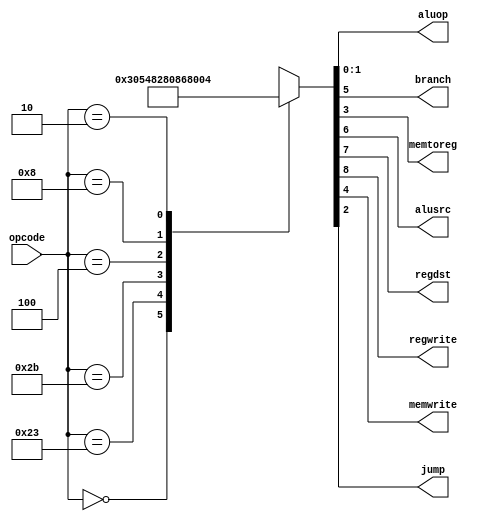

// Module MainDecoder (Modulo Combinacional)
//  Decodificador Principal, baseado no opcode da instruo


module MainDecoder(input  wire [5:0] opcode,
						 output wire [1:0] aluop,
						 output wire branch,
						 output wire memtoreg,
						 output wire alusrc,
						 output wire regdst,
						 output wire regwrite,
						 output wire memwrite,
                   output wire jump 
                  );

  reg [8:0] controls;

 assign {regwrite, regdst, alusrc, branch, memwrite, memtoreg, jump, aluop} = controls;

  always @ (*)
    case(opcode)
      6'b000000: controls <= 9'b110000010; // RTYPE
      6'b100011: controls <= 9'b101001000; // LW
      6'b101011: controls <= 9'b001010000; // SW
      6'b000100: controls <= 9'b000100001; // BEQ
      6'b001000: controls <= 9'b101000000; // ADDI
      6'b000010: controls <= 9'b000000100; // J
      default:   controls <= 9'bxxxxxxxxx; // illegal op
    endcase
	 
  endmodule